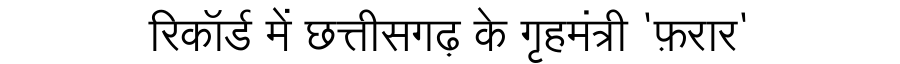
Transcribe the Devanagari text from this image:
रिकॉर्ड में छत्तीसगढ़ के गृहमंत्री 'फ़रार'